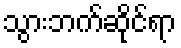
သွားဘက်ဆိုင်ရာ